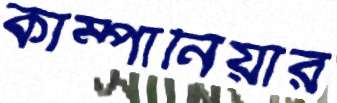
কাম্পানিয়ার